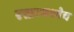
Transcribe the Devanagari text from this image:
रक्तामध्येच